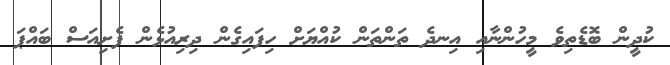
ކުދީން ބޮޑެތިވެ މީހުންނާއި އިނދެ ތަންތަން ކުއްޔަށް ހިފައިގެން ދިރިއުޅެން ފެށިއަސް ބައްޕަ